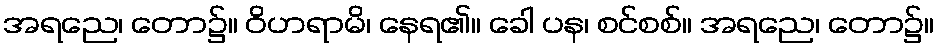
အရညေ၊ တော၌။ ဝိဟရာမိ၊ နေရ၏။ ခေါ ပန၊ စင်စစ်။ အရညေ၊ တော၌။